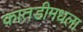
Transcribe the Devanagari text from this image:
कातडीमधला